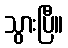
သွားပြီ။